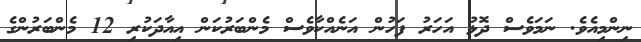
ނިންމިއެވެ. ނަމަވެސް ދޮޅު އަހަރު ފަހުން އަނެއްކާވެސް މެންބަރުކަން އިއާދަކުރި 12 މެންބަރުންގެ